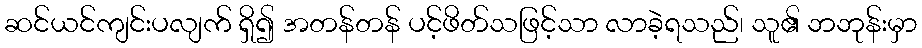
ဆင်ယင်ကျင်းပလျက် ရှိ၍ အတန်တန် ပင့်ဖိတ်သဖြင့်သာ လာခဲ့ရသည်၊ သူ၏ ဘဘုန်းမှာ